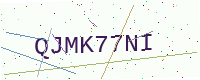
Text: QJMK77NI